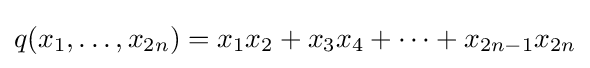
q(x_{1},\ldots ,x_{2n})=x_{1}x_{2}+x_{3}x_{4}+\cdots +x_{2n-1}x_{2n}